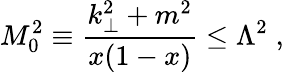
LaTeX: M_{0}^{2}\equiv\frac{k_{\perp}^{2}+m^{2}}{x(1-x)}\le\Lambda^{2}\; ,